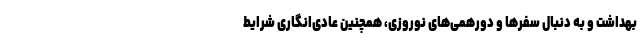
بهداشت و به دنبال سفرها و دورهمی‌های نوروزی، همچنین عادی‌انگاری شرایط